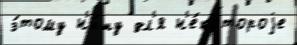
э́тому н'и́шу дл'я н'е́котороjе